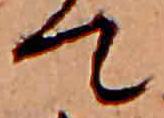
て